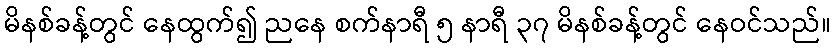
မိနစ်ခန့်တွင် နေထွက်၍ ညနေ စက်နာရီ ၅ နာရီ ၃၇ မိနစ်ခန့်တွင် နေဝင်သည်။